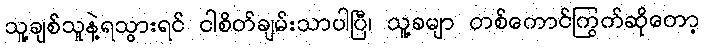
သူ့ချစ်သူနဲ့ရသွားရင် ငါစိတ်ချမ်းသာပါပြီ၊ သူ့ခမျာ တစ်ကောင်ကြွက်ဆိုတော့